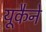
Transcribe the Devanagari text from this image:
यूकैने